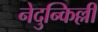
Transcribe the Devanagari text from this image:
नेदुन्किल्ली